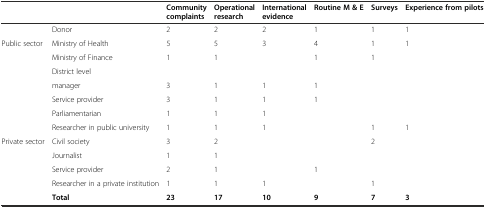
<table><thead><tr><td></td><td></td><td><b>Community complaints</b></td><td><b>Operational research</b></td><td><b>International evidence</b></td><td><b>Routine M &amp; E</b></td><td><b>Surveys</b></td><td><b>Experience from pilots</b></td></tr></thead><tbody><tr><td></td><td>Donor</td><td>2</td><td>2</td><td>2</td><td>1</td><td>1</td><td>1</td></tr><tr><td rowspan="7">Public sector</td><td>Ministry of Health</td><td>5</td><td>5</td><td>3</td><td>4</td><td>1</td><td>1</td></tr><tr><td>Ministry of Finance</td><td>1</td><td>1</td><td></td><td>1</td><td>1</td><td></td></tr><tr><td>District level</td><td></td><td></td><td></td><td></td><td></td><td></td></tr><tr><td>manager</td><td>3</td><td>1</td><td>1</td><td>1</td><td></td><td></td></tr><tr><td>Service provider</td><td>3</td><td>1</td><td>1</td><td>1</td><td></td><td></td></tr><tr><td>Parliamentarian</td><td>1</td><td>1</td><td>1</td><td></td><td></td><td></td></tr><tr><td>Researcher in public university</td><td>1</td><td>1</td><td>1</td><td></td><td>1</td><td>1</td></tr><tr><td rowspan="4">Private sector</td><td>Civil society</td><td>3</td><td>2</td><td></td><td></td><td>2</td><td></td></tr><tr><td>Journalist</td><td>1</td><td>1</td><td></td><td></td><td></td><td></td></tr><tr><td>Service provider</td><td>2</td><td>1</td><td></td><td>1</td><td></td><td></td></tr><tr><td>Researcher in a private institution</td><td>1</td><td>1</td><td>1</td><td></td><td>1</td><td></td></tr><tr><td></td><td><b>Total</b></td><td><b>23</b></td><td><b>17</b></td><td><b>10</b></td><td><b>9</b></td><td><b>7</b></td><td><b>3</b></td></tr></tbody></table>